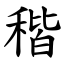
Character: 稭